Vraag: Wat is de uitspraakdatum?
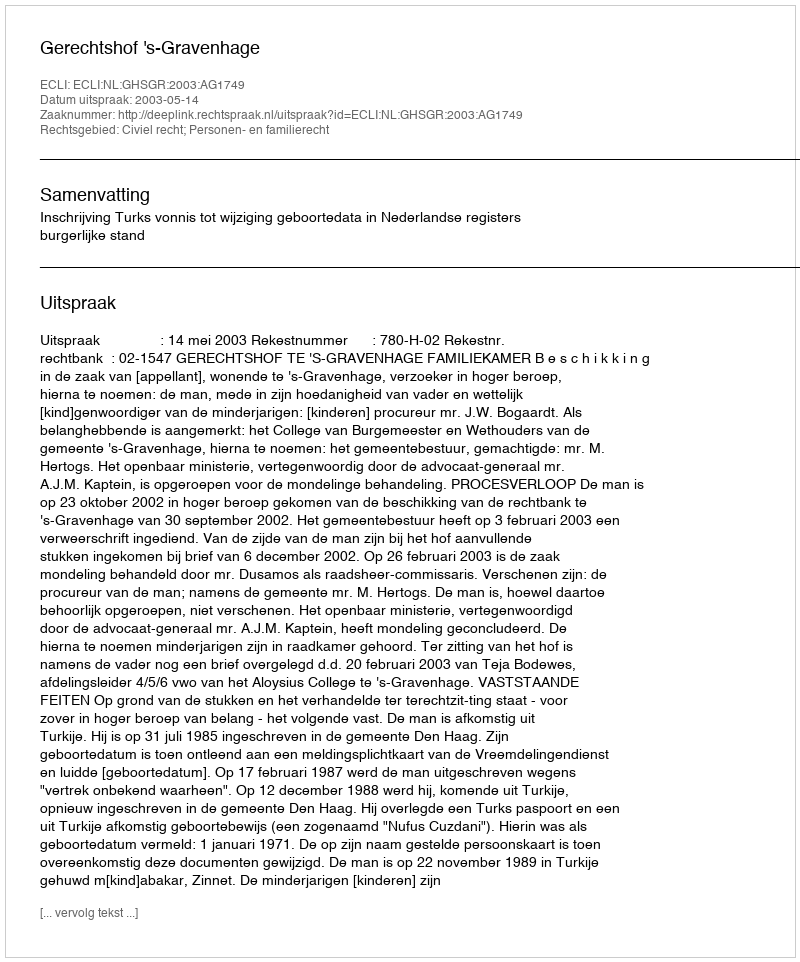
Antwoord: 2003-05-14